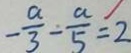
- \frac { a } { 3 } - \frac { a } { 5 } = 2